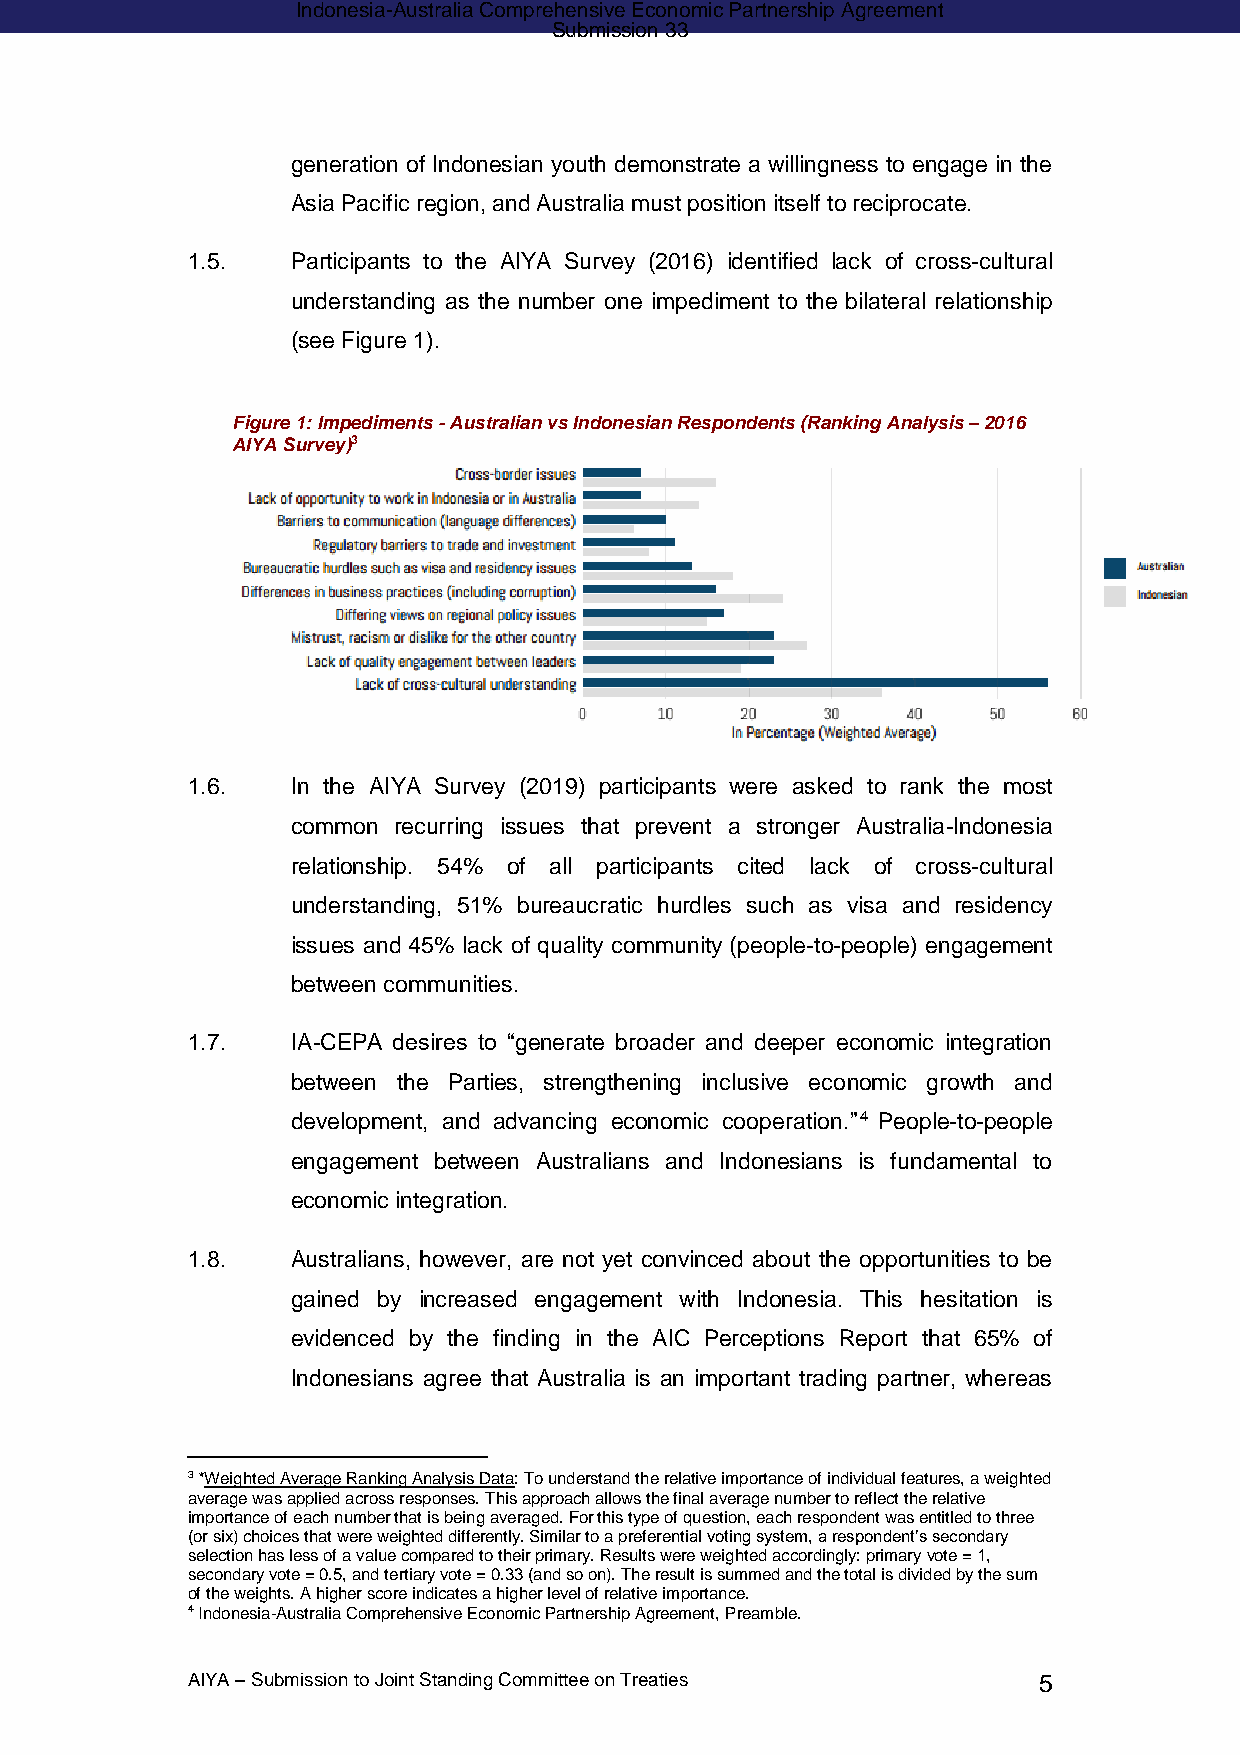
Indonesia-Australia Comprehensive Economic Partnership Agreement
 Submission 33
 generation of Indonesian youth demonstrate a willingness to engage in the
 Asia Pacific region, and Australia must position itself to reciprocate.
 1.5.   Participants to the AIYA Survey (2016) identified lack of cross-cultural
 understanding as the number one impediment to the bilateral relationship
 (see Figure 1).
 Figure 1: Impediments - Australian vs Indonesian Respondents (Ranking Analysis – 2016
 AIYA Survey)3
 1.6.   In the AIYA Survey (2019) participants were asked to rank the most
 common recurring issues that prevent a stronger Australia-Indonesia
 relationship. 54% of all participants cited lack of cross-cultural
 understanding, 51% bureaucratic hurdles such as visa and residency
 issues and 45% lack of quality community (people-to-people) engagement
 between communities.
 1.7.   IA-CEPA desires to “generate broader and deeper economic integration
 between the Parties, strengthening inclusive economic growth and
 development, and advancing economic cooperation.”4 People-to-people
 engagement between Australians and Indonesians is fundamental to
 economic integration.
 1.8.   Australians, however, are not yet convinced about the opportunities to be
 gained by increased engagement with Indonesia. This hesitation is
 evidenced by the finding in the AIC Perceptions Report that 65% of
 Indonesians agree that Australia is an important trading partner, whereas
 3 *Weighted Average Ranking Analysis Data: To understand the relative importance of individual features, a weighted
 average was applied across responses. This approach allows the final average number to reflect the relative
 importance of each number that is being averaged. For this type of question, each respondent was entitled to three
 (or six) choices that were weighted differently. Similar to a preferential voting system, a respondent’s secondary
 selection has less of a value compared to their primary. Results were weighted accordingly: primary vote = 1,
 secondary vote = 0.5, and tertiary vote = 0.33 (and so on). The result is summed and the total is divided by the sum
 of the weights. A higher score indicates a higher level of relative importance.
 4 Indonesia-Australia Comprehensive Economic Partnership Agreement, Preamble.
 AIYA – Submission to Joint Standing Committee on Treaties 5